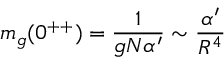
m _ { g } ( 0 ^ { + + } ) = { \frac { 1 } { g N \alpha ^ { \prime } } } \sim { \frac { \alpha ^ { \prime } } { R ^ { 4 } } }